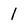
Character: 1